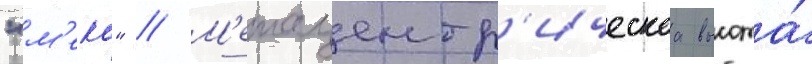
"м'еко" // М'етацентр'ическаа высота́